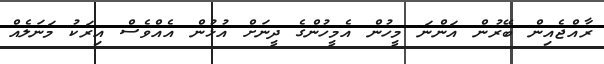
ރާއްޖެއިން ބޭރުން އަންނަ މީހުން އެމީހުންގެ ދީނަށް އުޅުން އެއްވެސް އިރަކު މަނަލެއް